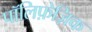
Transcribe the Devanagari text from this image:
पॉलिफ़ेज़िक